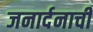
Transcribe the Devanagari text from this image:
जनार्दनाची